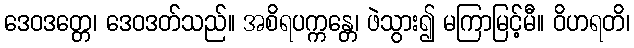
ဒေဝဒတ္တေ၊ ဒေဝဒတ်သည်။ အစိရပက္ကန္တေ၊ ဖဲသွား၍ မကြာမြင့်မီ။ ဝိဟရတိ၊